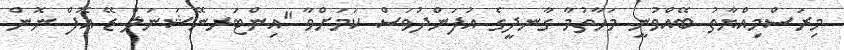
މިރަސްމިއްޔާތު ބޭއްވުނީ މަހާތުމާ ގާނދީގެ އުފަންދުވަސް ކަމަށްވާ "އިންޓަރނޭޝަނަލް ޑޭ އޮފް ނޮން